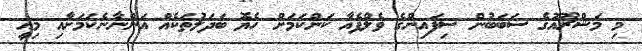
މި މަޝްރޫއުގެ ސަބަބުން ސިފައިންގެ ވެލްފެއާާ ކަންކަމަށް ހެޔޮ ބަދަލުތަކެއް އަންނާނެކަމަށާއި މިއީ